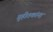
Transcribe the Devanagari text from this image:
गृहीतकांना